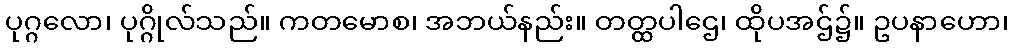
ပုဂ္ဂလော၊ ပုဂ္ဂိုလ်သည်။ ကတမောစ၊ အဘယ်နည်း။ တတ္ထပါဌေ၊ ထိုပအဌ်၌။ ဥပနာဟော၊